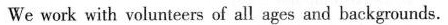
We work with volunteers of all ages and backgrounds.